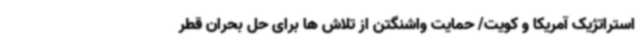
استراتژیک آمریکا و کویت/ حمایت واشنگتن از تلاش‌ ها برای حل بحران قطر